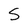
Character: S